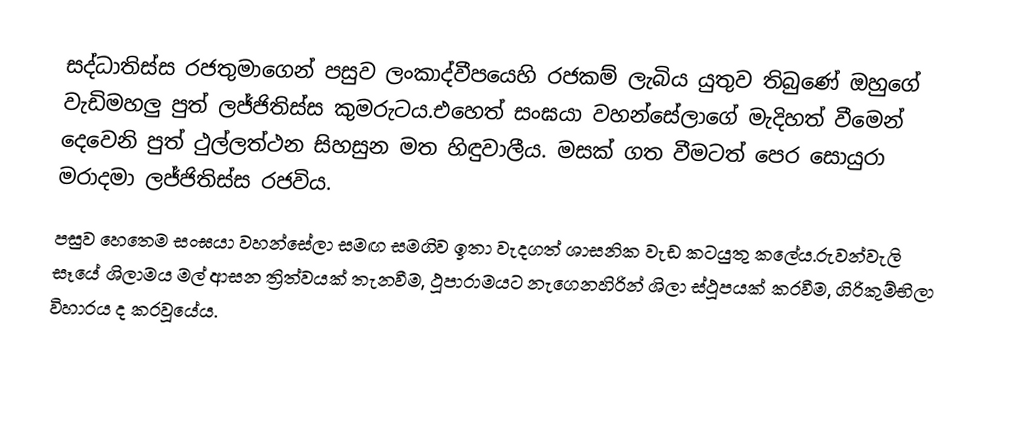
සද්ධාතිස්ස රජතුමාගෙන් පසුව ලංකාද්වීපයෙහි රජකම් ලැබිය යුතුව තිබුණේ ඔහුගේ වැඩිමහලු පුත් ලජ්ජිතිස්ස කුමරුටය.එහෙත් සංඝයා වහන්සේලාගේ මැදිහත් වීමෙන් දෙවෙනි පුත් ථුල්ලත්ථන සිහසුන මත හිඳුවාලීය. මසක් ගත වීමටත් පෙර සොයුරා මරාදමා ලජ්ජිතිස්ස රජවිය.
පසුව හෙතෙම සංඝයා වහන්සේලා සමඟ සමගිව ඉතා වැදගත් ශාසනික වැඩ කටයුතු කලේය.රුවන්වැලි සෑයේ ශිලාමය මල් ආසන ත්‍රිත්වයක් තැනවීම, ථූපාරාමයට නැගෙනහිරින් ශිලා ස්ථූපයක් කරවීම, ගිරිකුම්භිලා විහාරය ද කරවූයේය.